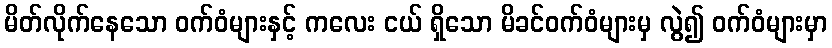
မိတ်လိုက်နေသော ဝက်ဝံများနှင့် ကလေး ငယ် ရှိသော မိခင်ဝက်ဝံများမှ လွဲ၍ ဝက်ဝံများမှာ